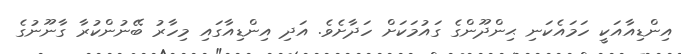
އިންޑިއާއަކީ ހަމައެކަނި ޙިންދޫންގެ ގައުމަކަށް ހަދާށެވެ. އަދި އިންޑިއާގައި މިހާރު ބޭނުންކުރާ ގާނޫނުގެ